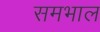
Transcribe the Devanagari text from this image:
समभाल